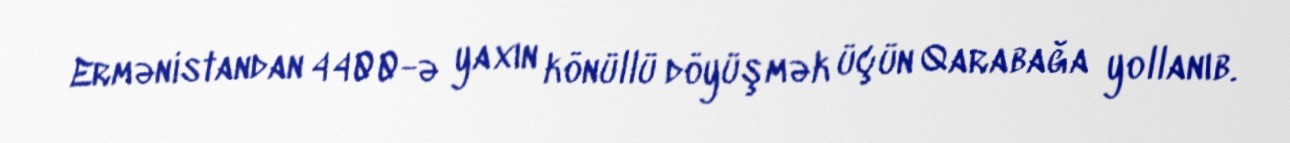
Ermənistandan 4400-ə yaxın könüllü döyüşmək üçün Qarabağa yollanıb.